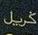
كريل